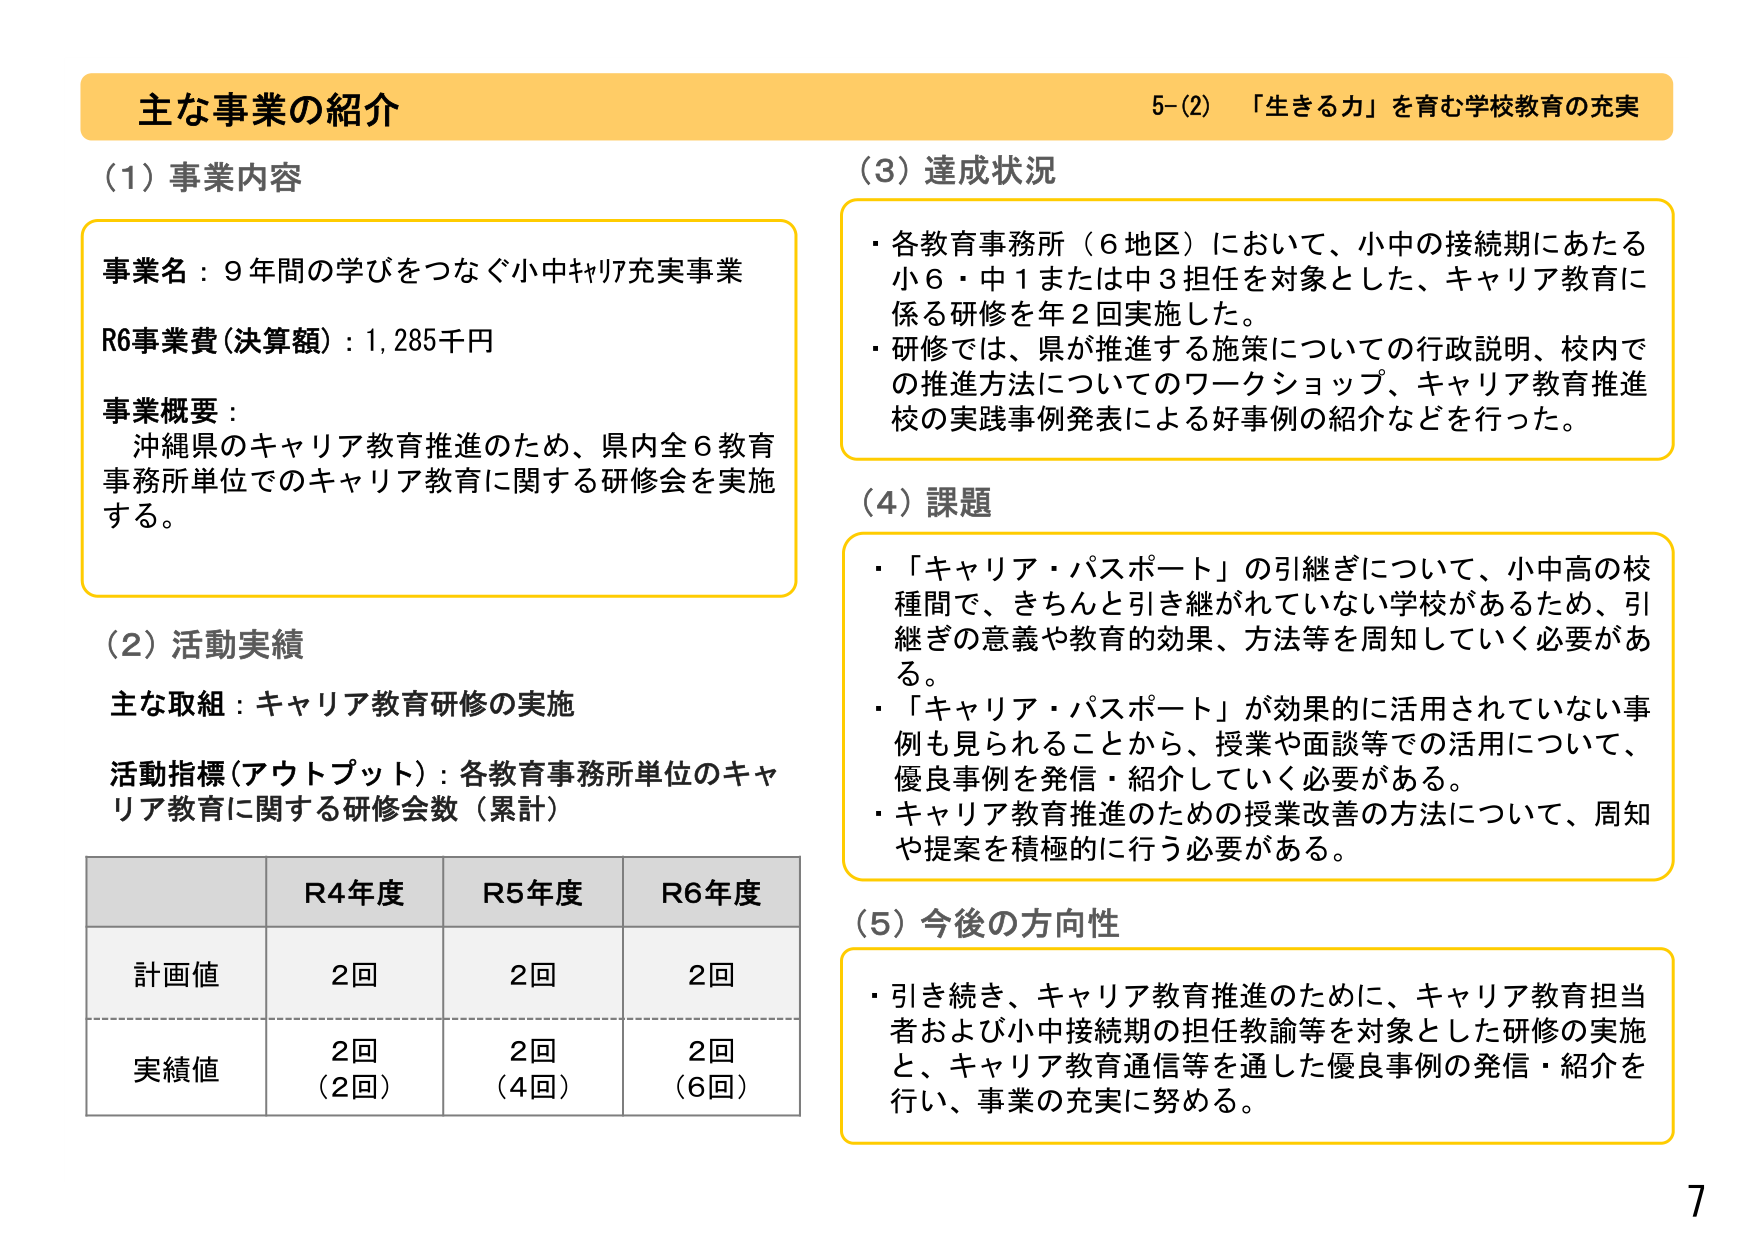
主な事業の紹介
5-(2) 「生きる力」を育む学校教育の充実

(1) 事業内容
事業名：9年間の学びをつなぐ小中キャリア充実事業
R6事業費（決算額）：1,285千円
事業概要：
沖縄県のキャリア教育推進のため、県内全6教育事務所単位でのキャリア教育に関する研修会を実施する。

(2) 活動実績
主な取組：キャリア教育研修の実施
活動指標（アウトプット）：各教育事務所単位のキャリア教育に関する研修会数（累計）

R4年度 R5年度 R6年度
計画値 2回 2回 2回
実績値 2回 2回 2回
（2回） （4回） （6回）

(3) 達成状況
・各教育事務所（6地区）において、小中の接続期にあたる小6・中1または中3担任を対象とした、キャリア教育に係る研修を年2回実施した。
・研修では、県が推進する施策についての行政説明、校内での推進方法についてのワークショップ、キャリア教育推進校の実践事例発表による好事例の紹介などを行った。

(4) 課題
・「キャリア・パスポート」の引継ぎについて、小中高の校種間で、きちんと引き継がれていない学校があるため、引継ぎの意義や教育的効果、方法等を周知していく必要がある。
・「キャリア・パスポート」が効果的に活用されていない事例も見られることから、授業や面談等での活用について、優良事例を発信・紹介していく必要がある。
・キャリア教育推進のための授業改善の方法について、周知や提案を積極的に行う必要がある。

(5) 今後の方針
・引き続き、キャリア教育推進のために、キャリア教育担当者および小中接続期の担任教諭等を対象とした研修の実施と、キャリア教育通信等を通した優良事例の発信・紹介を行い、事業の充実に努める。

7